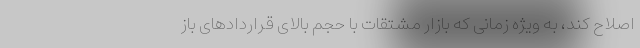
اصلاح کند، به ویژه زمانی که بازار مشتقات با حجم بالای قراردادهای باز